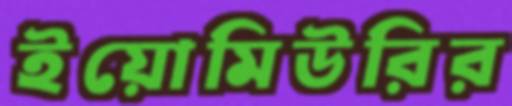
ইয়োমিউরির